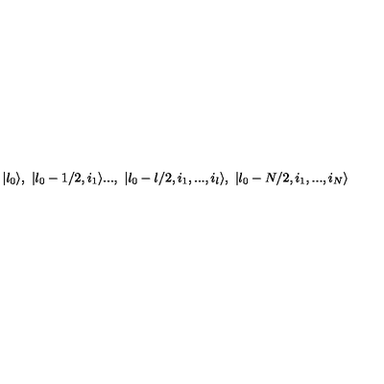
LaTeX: | \l _ { 0 } \rangle , \ | \l _ { 0 } - 1 / 2 , i _ { 1 } \rangle . . . , \ | \l _ { 0 } - l / 2 , i _ { 1 } , . . . , i _ { l } \rangle , \ | \l _ { 0 } - N / 2 , i _ { 1 } , . . . , i _ { N } \rangle